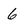
Character: 6